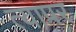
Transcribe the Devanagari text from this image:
त्यापर